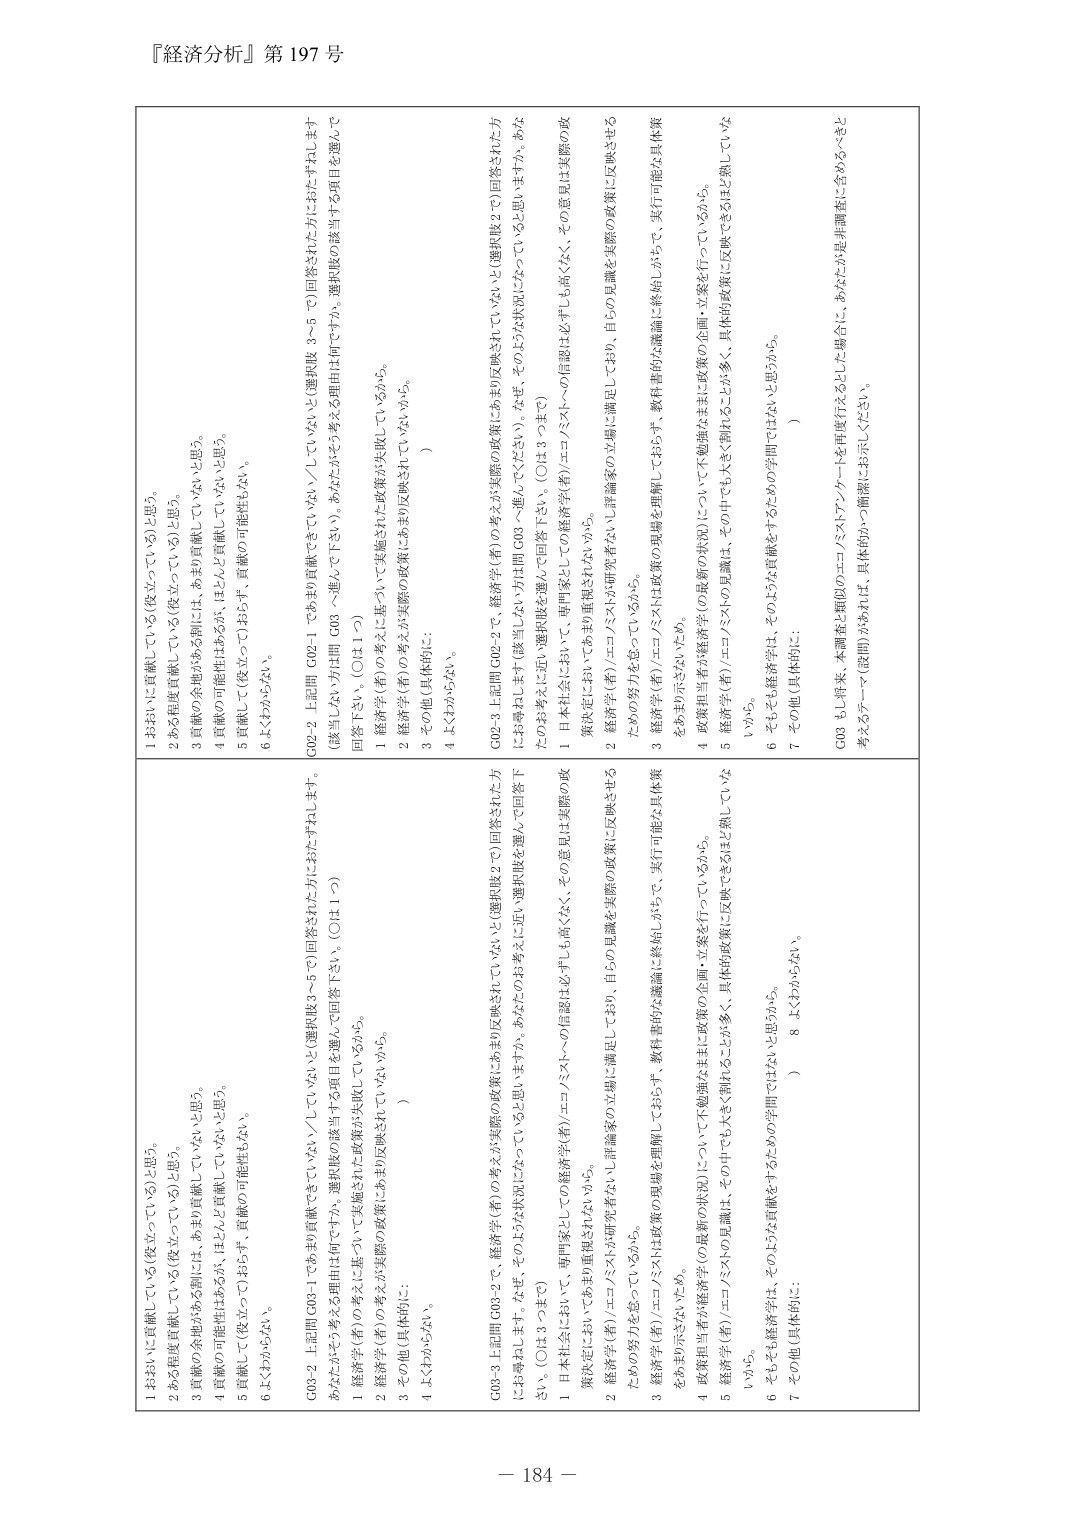
『経済分析』第197号

1 おおむね貢献している（後立っている）と思う。
2 ある程度貢献している（後立っている）と思う。
3 貢献の余地がある割には、あまり貢献していないと思う。
4 貢献の可能性はあるが、ほとんど貢献していないと思う。
5 貢献して（後立って）おらず、貢献の可能性もない。
6 よくわからない。

G02-2 上記問 G02-1 でもあり貢献できていない／していないと（選択肢 3～5）回答された方におたずねします
（該当しない方は問 G03 へ進んで下さい）。あなたが主に考える理由は何ですか。選択肢の該当する項目を選んで
回答下さい。（○は1つ）
1 経済学者（者）の考えが実施された政策が失敗しているから。
2 経済学者（者）の考えが実際の政策にあまり反映されていないから。
3 その他（具体的に： ）
4 よくわからない。

G02-3 上記問 G02-2 で、経済学者（者）の考えが実際の政策にあまり反映されていないと（選択肢2で）回答された方
にお尋ねします（該当しない方は問 G03 へ進んでください）。なぜ、そのような状況になっていると思いますか。あな
たのお考えに近い選択肢を選んで回答下さい。（○は3つまで）
1 日本社会において、専門家としての信頼は必ずしも高くなく、その意見は実際の政策決定においてあまり重視されないから。
2 経済学者（者）/エコノミストが研究者ないし評論家の立場に満足しており、自らの見識を実際の政策に反映させる
ための努力を怠っているから。
3 経済学者（者）/エコノミストは政策の現場を理解しておらず、教科書的な議論に終始しがちで、実行可能な具体策
をおもに示さないため。
4 政策担当者が経済学者（の政策の状況）について不勉強なままに政策の企画・立案を行っているから。
5 経済学者（者）/エコノミストの見識は、その中でも大きく割れることが多い、具体的政策に反映できるとは限っていな
いから。
6 そもそも経済学は、そのような貢献をするための学問ではないと思うから。
7 その他（具体的に： ）

G03 もし将来、本調査と類似のエコノミストアンケートを再度行うとした場合に、あなたが是非調査に含めるべきと
考えるテーマ（設問）があれば、具体的かつ簡潔にお示しください。

1 おおむね貢献している（後立っている）と思う。
2 ある程度貢献している（後立っている）と思う。
3 貢献の余地がある割には、あまり貢献していないと思う。
4 貢献の可能性はあるが、ほとんど貢献していないと思う。
5 貢献して（後立って）おらず、貢献の可能性もない。
6 よくわからない。

G03-2 上記問 G03-1 でもあり貢献できていない／していないと（選択肢 3～5）回答された方におたずねします。
あなたがそう考える理由は何ですか。選択肢の該当する項目を選んで回答下さい。（○は1つ）
1 経済学者（者）の考えに基づいて実施された政策が失敗しているから。
2 経済学者（者）の考えが実際の政策にあまり反映されていないから。
3 その他（具体的に： ）
4 よくわからない。

G03-3 上記問 G03-2 で、経済学者（者）の考えが実際の政策にあまり反映されていないと（選択肢2で）回答された方
にお尋ねします。なぜ、そのような状況になっていると思いますか。あなたのお考えに近い選択肢を選んで回答下
さい。（○は3つまで）
1 日本社会において、専門家としての信頼は必ずしも高くなく、その意見は実際の政策決定においてあまり重視されないから。
2 経済学者（者）/エコノミストが研究者ないし評論家の立場に満足しており、自らの見識を実際の政策に反映させる
ための努力を怠っているから。
3 経済学者（者）/エコノミストは政策の現場を理解しておらず、教科書的な議論に終始しがちで、実行可能な具体策
をおもに示さないため。
4 政策担当者が経済学者（の政策の状況）について不勉強なままに政策の企画・立案を行っているから。
5 経済学者（者）/エコノミストの見識は、その中でも大きく割れることが多い、具体的政策に反映できるとは限っていな
いから。
6 そもそも経済学は、そのような貢献をするための学問ではないと思うから。
7 その他（具体的に： ）
8 よくわからない。

－ 184 －